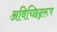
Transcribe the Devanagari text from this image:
अविच्छिन्नरूप